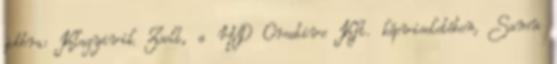
jobbra: Klagyivik Zsolt, a HD Creative Kft. képviseletében, Samu